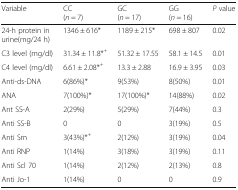
| Variable | CC(n = 7) | GC(n = 17) | GG(n = 16) | P value |
 | --- | --- | --- | --- | --- |
 | 24-h protein in urine(mg/24 h) | 1346 ± 616* | 1189 ± 215* | 698 ± 807 | 0.02 |
 | C3 level (mg/dl) | 31.34 ± 11.8*+ | 51.32 ± 17.55 | 58.1 ± 14.5 | 0.01 |
 | C4 level (mg/dl) | 6.61 ± 2.08*+ | 13.3 ± 2.88 | 16.9 ± 3.95 | 0.03 |
 | Anti-ds-DNA | 6(86%)* | 9(53%) | 8(50%) | 0.01 |
 | ANA | 7(100%)* | 17(100%)* | 14(88%) | 0.02 |
 | Ant SS-A | 2(29%) | 5(29%) | 7(44%) | 0.3 |
 | Anti SS-B | 0 | 0 | 3(19%) | 0.5 |
 | Anti Sm | 3(43%)*+ | 2(12%) | 3(19%) | 0.04 |
 | Anti RNP | 1(14%) | 3(18%) | 3(19%) | 0.11 |
 | Anti Scl 70 | 1(14%) | 2(12%) | 2(13%) | 0.8 |
 | Anti Jo-1 | 1(14%) | 0 | 0 | 0.9 |